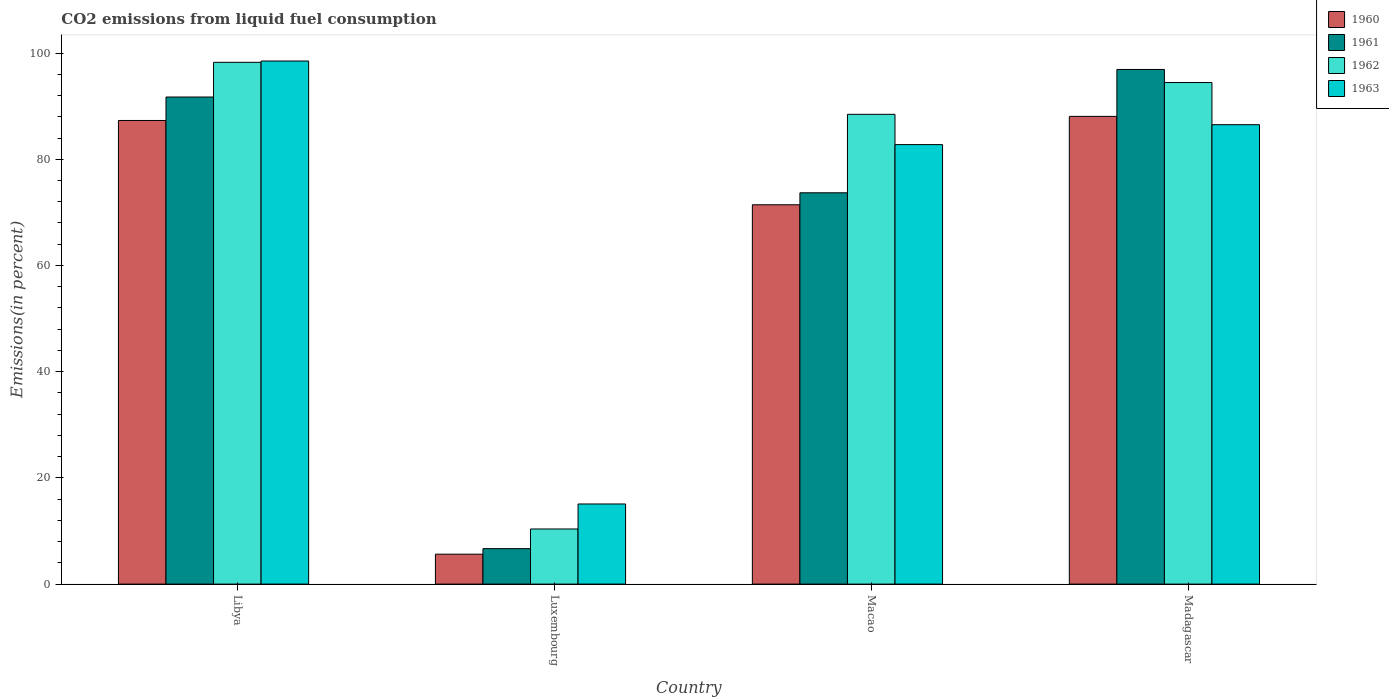
| Country | 1960 | 1961 | 1962 | 1963 |
 | --- | --- | --- | --- | --- |
 | Libya | 87.3 | 91.7 | 98.3 | 98.5 |
 | Luxembourg | 5.64 | 6.68 | 10.4 | 15.1 |
 | Macao | 71.4 | 73.7 | 88.5 | 82.8 |
 | Madagascar | 88.1 | 96.9 | 94.4 | 86.5 |